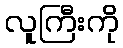
လူကြီးကို